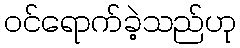
ဝင်ရောက်ခဲ့သည်ဟု